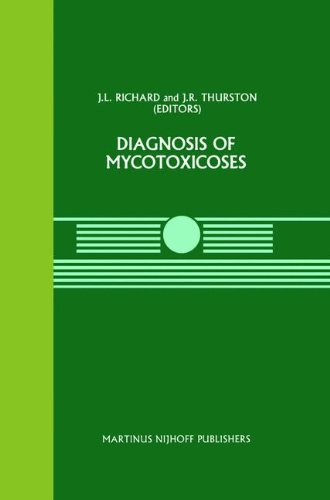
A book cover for Diagnosis of Mycotoxicoses (Current Topics in Veterinary Medicine); Medical Books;